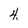
Character: 4